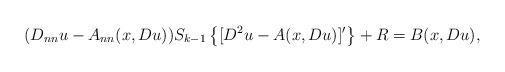
LaTeX: \begin{align*} (D_{nn}u-A_{nn}(x,Du))S_{k-1}\left\{[D^2u-A(x,Du)]'\right\}+R=B(x,Du),\ \end{align*}